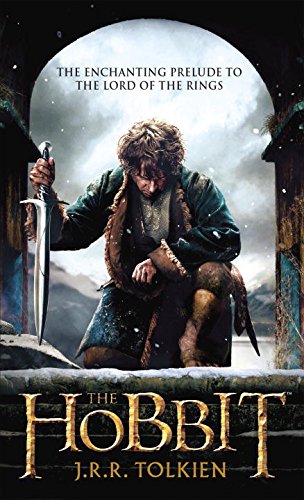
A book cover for The Hobbit (Movie Tie-in Edition) (Pre-Lord of the Rings); J.R.R. Tolkien; Science Fiction & Fantasy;